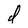
Character: d